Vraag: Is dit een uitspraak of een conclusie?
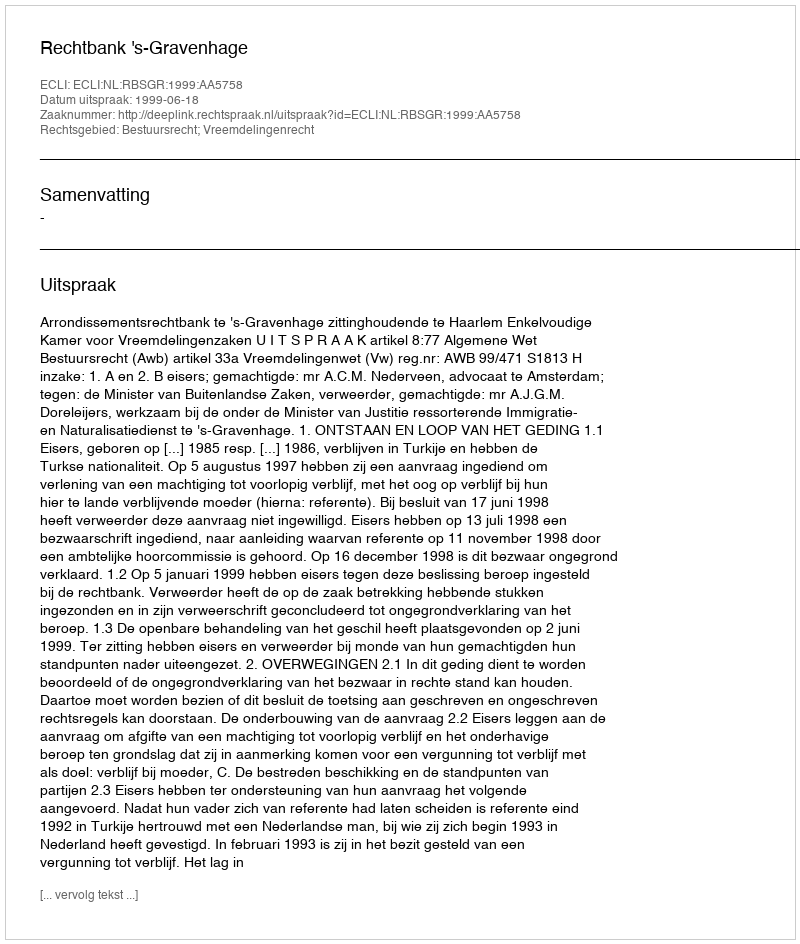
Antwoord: Uitspraak